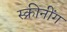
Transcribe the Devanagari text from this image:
स्क्रीनींग